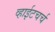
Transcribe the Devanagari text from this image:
व्हाईटचर्च